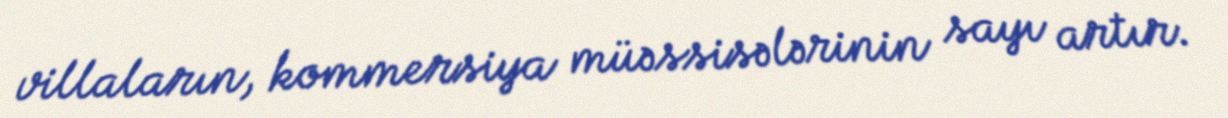
villaların, kommersiya müəssisələrinin sayı artır.